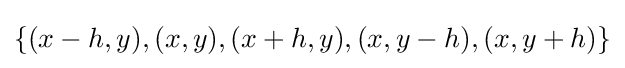
\{(x-h,y),(x,y),(x+h,y),(x,y-h),(x,y+h)\}